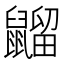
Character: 䶉